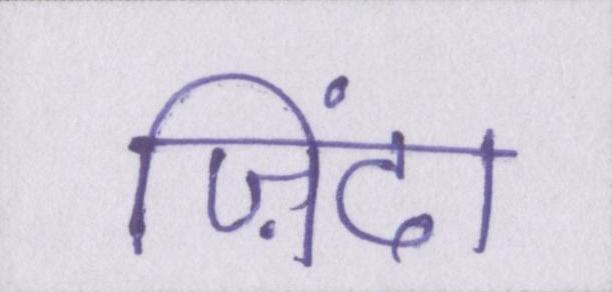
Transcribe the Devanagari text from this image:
ज़िंदा